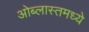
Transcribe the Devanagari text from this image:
ओब्लास्तमध्ये